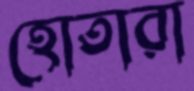
হোতারা